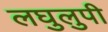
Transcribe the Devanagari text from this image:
लघुलुपी